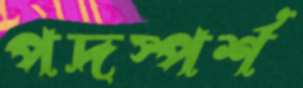
পদস্পর্শ